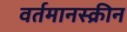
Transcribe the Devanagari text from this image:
वर्तमानस्क्रीन